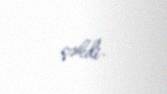
çəkdi.